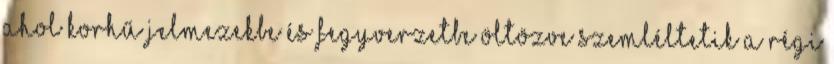
ahol korhű jelmezekbe és fegyverzetbe öltözve szemléltetik a régi